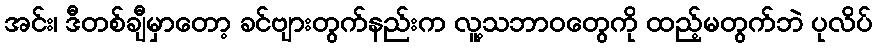
အင်း၊ ဒီတစ်ချီမှာတော့ ခင်ဗျားတွက်နည်းက လူ့သဘာဝတွေကို ထည့်မတွက်ဘဲ ပုလိပ်